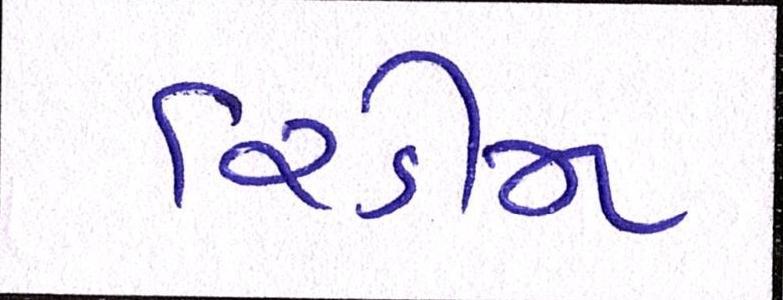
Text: રિડીમ